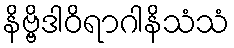
နိဗ္ဗိဒါဝိရာဂါနိသံသံ